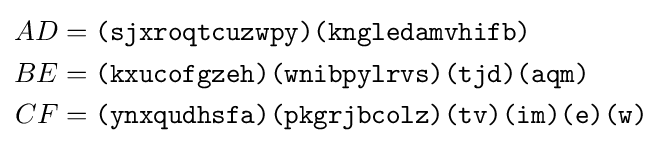
{\begin{aligned}AD&={\texttt {(sjxroqtcuzwpy)(kngledamvhifb)}}\\BE&={\texttt {(kxucofgzeh)(wnibpylrvs)(tjd)(aqm)}}\\CF&={\texttt {(ynxqudhsfa)(pkgrjbcolz)(tv)(im)(e)(w)}}\\\end{aligned}}